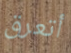
أتعرق